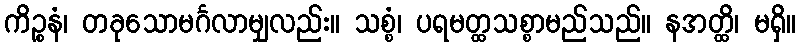
ကိဉ္စနံ၊ တခုသောမင်္ဂလာမျှလည်း။ သစ္စံ၊ ပရမတ္ထသစ္စာမည်သည်။ နအတ္ထိ၊ မရှိ။